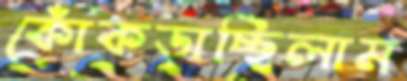
কোঁকড়াচ্ছিলাম